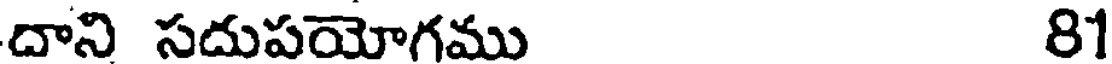
దాని సదుపయోగము 81